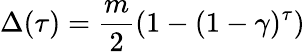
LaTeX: \Delta(\tau)={\frac{m}{2}}(1-(1-\gamma)^{\tau})